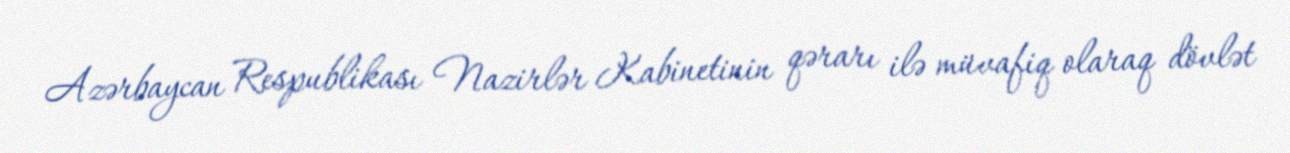
Azərbaycan Respublikası Nazirlər Kabinetinin qərarı ilə müvafiq olaraq dövlət